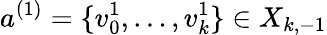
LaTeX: a^{(1)}=\{ v_{0}^{1},\ldots,v_{k}^{1}\} \in X_{k,-1}